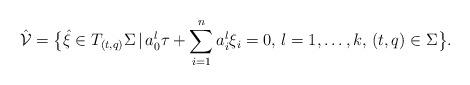
LaTeX: \begin{align*}\hat{\mathcal V}=\big\{\hat\xi\in T_{(t,q)}\Sigma\, \vert\,a_0^l\tau+\sum_{i=1}^n a_i^l\xi_i=0, \, l=1,\dots,k,\, (t,q)\in\Sigma\big\}.\end{align*}